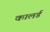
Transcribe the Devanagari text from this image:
कालर्ड